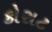
કોરાટ